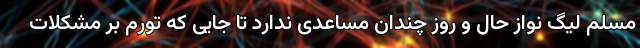
مسلم لیگ نواز حال و روز چندان مساعدی ندارد تا جایی که تورم بر مشکلات